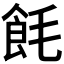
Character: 𬲎